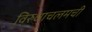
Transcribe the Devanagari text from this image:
विरुधाचलमची